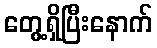
တွေ့ရှိပြီးနောက်